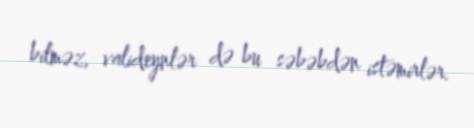
bilməz, valideynlər də bu səbəbdən istəmirlər.